Proceedings of the meeting of veterinary officers in India
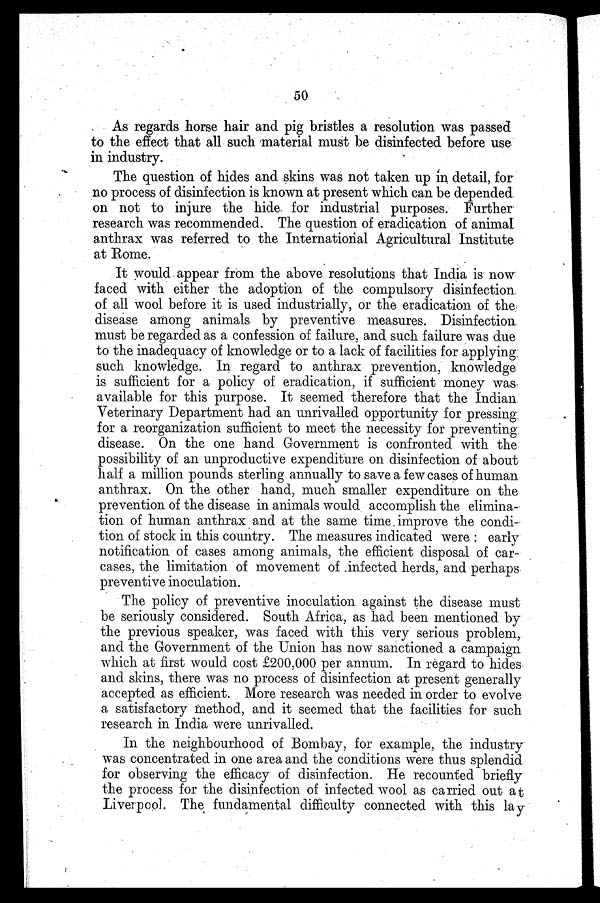
50
As regards horse hair and pig bristles a resolution was passed
to the effect that all such material must be disinfected before use
in industry.
The question of hides and skins was not taken up in detail, for
no process of disinfection is known at present which can be depended
on not to injure the hide for industrial purposes. Further
research was recommended. The question of eradication of animal
anthrax was referred to the International Agricultural Institute
at Rome.
It would appear from the above resolutions that India is now
faced with either the adoption of the compulsory disinfection
of all wool before it is used industrially, or the eradication of the
disease among animals by preventive measures. Disinfection
must be regarded as a confession of failure, and such failure was due
to the inadequacy of knowledge or to a lack of facilities for applying
such knowledge. In regard to anthrax prevention, knowledge
is sufficient for a policy of eradication, if sufficient money was
available for this purpose. It seemed therefore that the Indian
Veterinary Department had an unrivalled opportunity for pressing
for a reorganization sufficient to meet the necessity for preventing
disease. On the one hand Government is confronted with the
possibility of an unproductive expenditure on disinfection of about
half a million pounds sterling annually to save a few cases of human
anthrax. On the other hand, much smaller expenditure on the
prevention of the disease in animals would accomplish the elimina-
tion of human anthrax and at the same time improve the condi-
tion of stock in this country. The measures indicated were: early
notification of cases among animals, the efficient disposal of car-
cases, the limitation of movement of infected herds, and perhaps
preventive inoculation.
The policy of preventive inoculation against the disease must
be seriously considered. South Africa, as had been mentioned by
the previous speaker, was faced with this very serious problem,
and the Government of the Union has now sanctioned a campaign
which at first would cost £200,000 per annum. In regard to hides
and skins, there was no process of disinfection at present generally
accepted as efficient. More research was needed in order to evolve
a satisfactory method, and it seemed that the facilities for such
research in India were unrivalled.
In the neighbourhood of Bombay, for example, the industry
was concentrated in one area and the conditions were thus splendid
for observing the efficacy of disinfection. He recounted briefly
the process for the disinfection of infected wool as carried out at
Liverpool. The fundamental difficulty connected with this lay